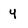
Character: y